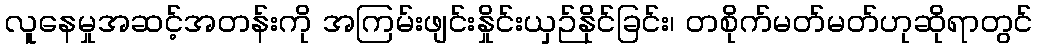
လူနေမှုအဆင့်အတန်းကို အကြမ်းဖျင်းနှိုင်းယှဉ်နိုင်ခြင်း၊ တစိုက်မတ်မတ်ဟုဆိုရာတွင်